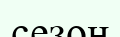
сезон